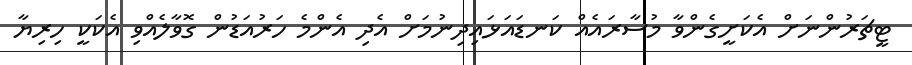
ޓީޗަރުންނަށް އެކަށީގެންވާ މުސާރައެއް ކަނޑައަޅައިދިނުމަށް އެދި އެންމެ ހަރުއަޑުން ގޮވާލެއްވި އެކަކީ ހިރިޔާ